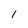
Character: l